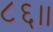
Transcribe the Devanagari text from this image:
८६।।